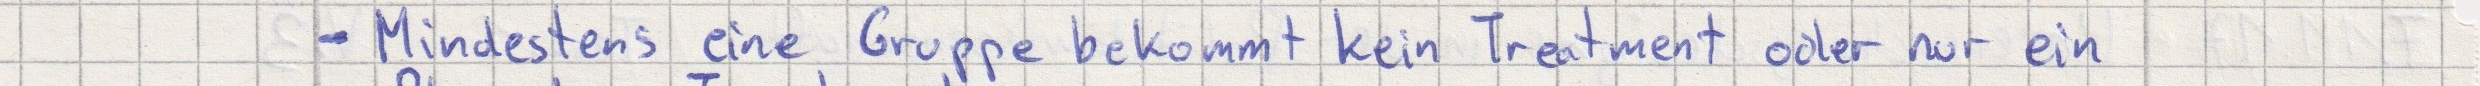
- Mindestens eine Gruppe bekommt kein Treatment oder nur ein